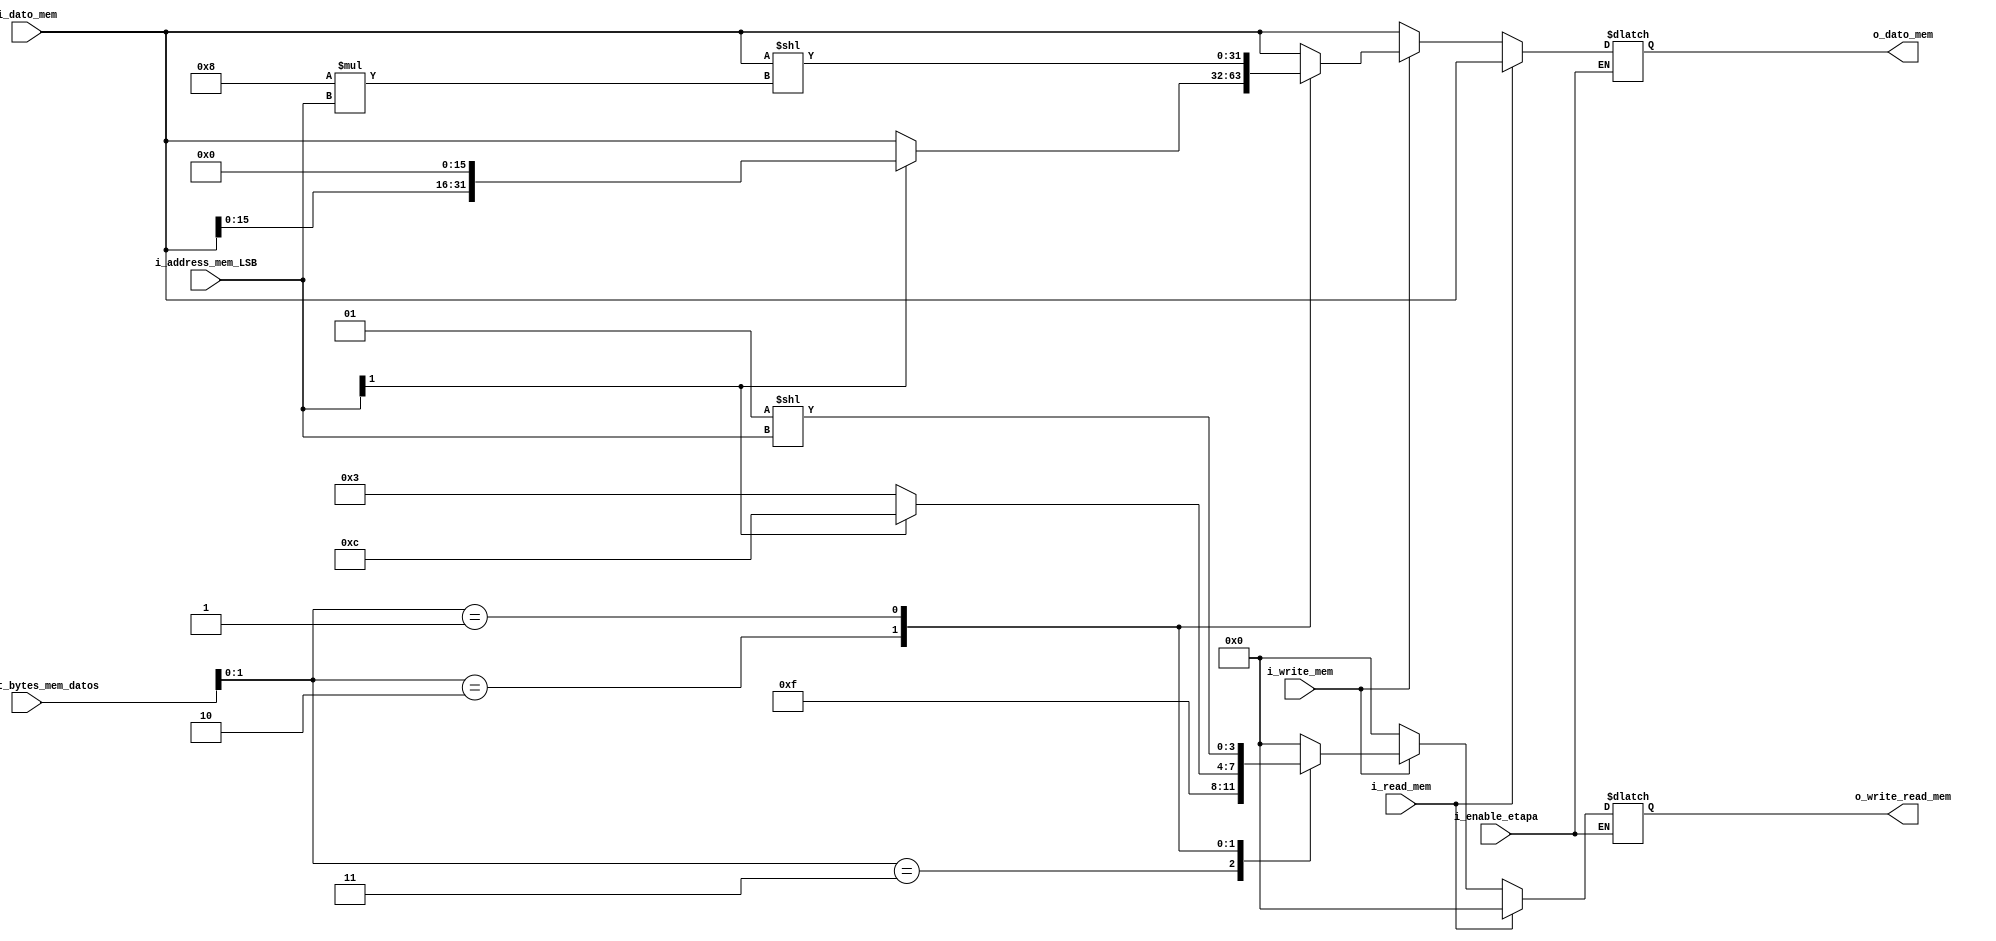
`timescale 1ns / 1ps

//////////////////////////////////////////////////////////////////////////////////////////////////
// Trabajo Practico Nro. 4. MIPS.
// Input logic para la memoria de datos.
// Integrantes: Kleiner Matias, Lopez Gaston.
// Materia: Arquitectura de Computadoras.
// FCEFyN. UNC.
// Anio 2019.
//////////////////////////////////////////////////////////////////////////////////////////////////


module input_logic_mem_datos
   #(
       
       parameter CANT_BITS_SELECT_BYTES_MEM_DATA = 3,
       parameter CANT_COLUMNAS_MEM_DATOS = 4,
       parameter CANT_BITS_DATO_MEM = 32
        
 
   )
   (
        input [CANT_BITS_SELECT_BYTES_MEM_DATA - 1 : 0] i_select_bytes_mem_datos,
        input i_write_mem,
        input i_read_mem,
        input [clogb2 (CANT_COLUMNAS_MEM_DATOS - 1) - 1 : 0] i_address_mem_LSB,
        input [CANT_BITS_DATO_MEM - 1 : 0] i_dato_mem,
        input i_enable_etapa,
        output reg [CANT_BITS_DATO_MEM - 1 : 0] o_dato_mem,
        output reg [CANT_COLUMNAS_MEM_DATOS - 1 : 0] o_write_read_mem
   );

  
    
    //  The following function calculates the address width based on specified RAM depth
    function integer clogb2;
        input integer depth;
            for (clogb2=0; depth>0; clogb2=clogb2+1)
                depth = depth >> 1;
    endfunction

     


    always@(*) begin
        if (i_enable_etapa) begin
            if (i_read_mem) begin
                o_write_read_mem = 0; // Lectura.
                o_dato_mem = i_dato_mem;
            end
            else if (i_write_mem) begin // Escritura.
                case (i_select_bytes_mem_datos [CANT_BITS_SELECT_BYTES_MEM_DATA - 2 : 0])
                    3:
                        begin //Word
                            o_write_read_mem = {CANT_COLUMNAS_MEM_DATOS {1'b1}};
                            o_dato_mem = i_dato_mem;
                        end
                    2:
                        begin //Halfword
                            if (i_address_mem_LSB [clogb2 (CANT_COLUMNAS_MEM_DATOS - 1) - 1]) begin
                                o_write_read_mem = 4'b1100;
                                o_dato_mem = i_dato_mem << ((CANT_BITS_DATO_MEM / CANT_COLUMNAS_MEM_DATOS) * 2);
                            end
                            else begin
                                o_write_read_mem = 4'b0011;
                                o_dato_mem = i_dato_mem;
                            end     
                        end
                    1:
                        begin //Byte
                            o_write_read_mem = 1 << i_address_mem_LSB;
                            o_dato_mem = i_dato_mem << ((CANT_BITS_DATO_MEM / CANT_COLUMNAS_MEM_DATOS) * i_address_mem_LSB); 
                        end
                    
                    default:
                        begin
                            o_write_read_mem = {CANT_COLUMNAS_MEM_DATOS {1'b0}};
                            o_dato_mem = i_dato_mem;
                        end
                endcase
            end
            else begin
                o_write_read_mem = 0;
                o_dato_mem = i_dato_mem;
            end
        end
        else begin
            o_write_read_mem = o_write_read_mem; // Lectura.
            o_dato_mem = o_dato_mem;
        end
    end

  

endmodule